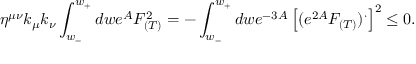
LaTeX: \eta ^ { \mu \nu } k _ { \mu } k _ { \nu } \int _ { w _ { - } } ^ { w _ { + } } d w e ^ { A } F _ { ( T ) } ^ { 2 } = - \int _ { w _ { - } } ^ { w _ { + } } d w e ^ { - 3 A } \left[ ( e ^ { 2 A } F _ { ( T ) } ) ^ { \cdot } \right] ^ { 2 } \leq 0 .